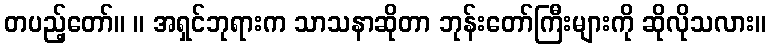
တပည့်တော်။ ။ အရှင်ဘုရားက သာသနာဆိုတာ ဘုန်းတော်ကြီးများကို ဆိုလိုသလား။